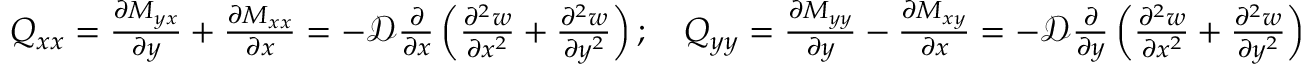
\begin{array} { r } { Q _ { x x } = \frac { \partial M _ { y x } } { \partial y } + \frac { \partial M _ { x x } } { \partial x } = - \mathscr { D } \frac { \partial } { \partial x } \left( \frac { \partial ^ { 2 } w } { \partial x ^ { 2 } } + \frac { \partial ^ { 2 } w } { \partial y ^ { 2 } } \right) ; \quad Q _ { y y } = \frac { \partial M _ { y y } } { \partial y } - \frac { \partial M _ { x y } } { \partial x } = - \mathscr { D } \frac { \partial } { \partial y } \left( \frac { \partial ^ { 2 } w } { \partial x ^ { 2 } } + \frac { \partial ^ { 2 } w } { \partial y ^ { 2 } } \right) } \end{array}